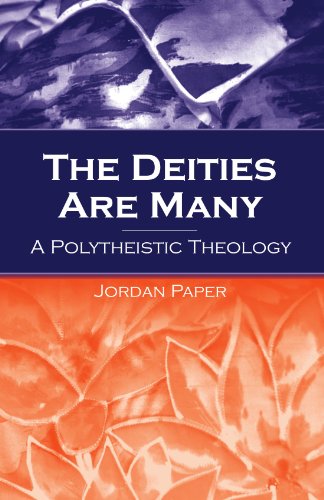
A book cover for The Deities Are Many: A Polytheistic Theology (S U N Y Series in Religious Studies); Jordan D. Paper; Religion & Spirituality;